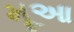
મૂઆ